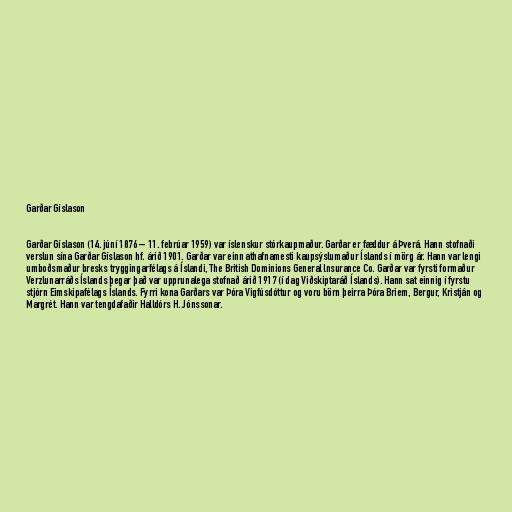
Garðar Gíslason

Garðar Gíslason (14. júní 1876 – 11. febrúar 1959) var íslenskur stórkaupmaður. Garðar er fæddur á Þverá. Hann stofnaði
verslun sína Garðar Gíslason hf. árið 1901. Garðar var einn athafnamesti kaupsýslumaður Íslands í mörg ár. Hann var lengi
umboðsmaður bresks tryggingarfélags á Íslandi, The British Dominions General lnsurance Co. Garðar var fyrsti formaður
Verzlunarráðs Íslands þegar það var upprunalega stofnað árið 1917 (í dag Viðskiptaráð Íslands). Hann sat einnig í fyrstu
stjórn Eimskipafélags Íslands. Fyrri kona Garðars var Þóra Vigfúsdóttur og voru börn þeirra Þóra Briem, Bergur, Kristján og
Margrét. Hann var tengdafaðir Halldórs H. Jónssonar.